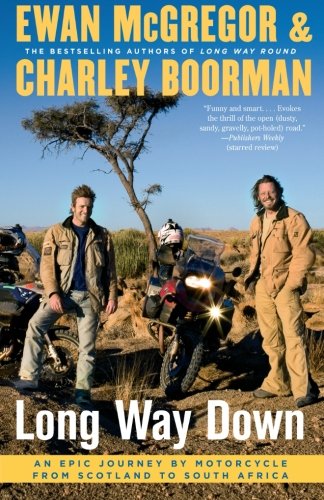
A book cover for Long Way Down: An Epic Journey by Motorcycle from Scotland to South Africa; Ewan McGregor; Travel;